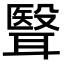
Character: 𮋺